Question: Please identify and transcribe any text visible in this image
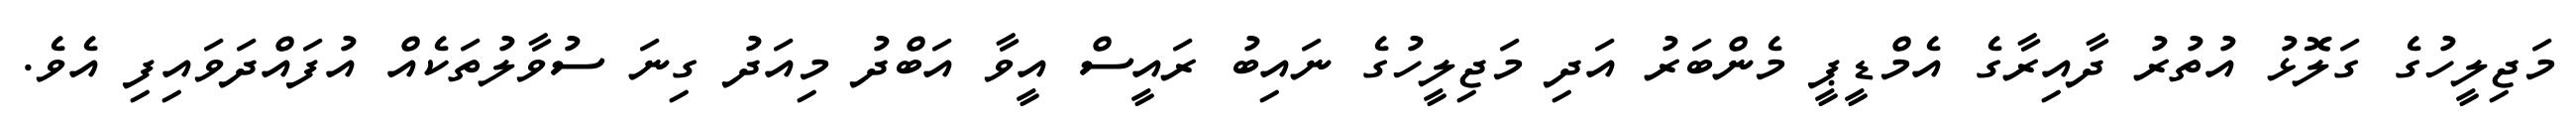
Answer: މަޖިލީހުގެ ގަލޮޅު އުތުރު ދާއިރާގެ އެމްޑީޕީ މެންބަރު އަދި މަޖިލީހުގެ ނައިބު ރައީސް އީވާ އަބްދު މިއަދު ގިނަ ސުވާލުތަކެއް އުފައްދަވައިފި އެވެ.